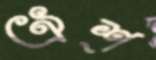
ঐশ্